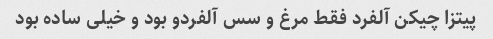
پیتزا چیکن آلفرد فقط مرغ و سس آلفردو بود و خیلی ساده بود